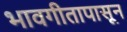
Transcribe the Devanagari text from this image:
भावगीतापासून